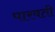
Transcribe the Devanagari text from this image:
पारवती